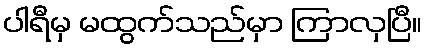
ပါရီမှ မထွက်သည်မှာ ကြာလှပြီ။